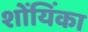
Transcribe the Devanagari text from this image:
शोंयिंका